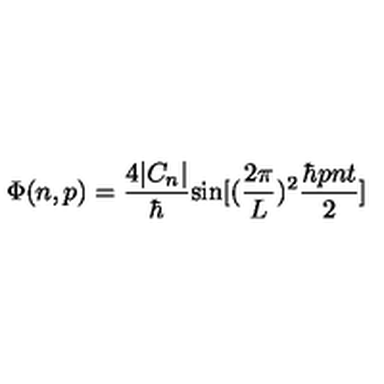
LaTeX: \Phi ( n , p ) = { \frac { 4 | C _ { n } | } { \hbar } } \mathrm { s i n } [ ( { \frac { 2 \pi } { L } } ) ^ { 2 } { \frac { \hbar p n t } { 2 } } ]